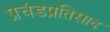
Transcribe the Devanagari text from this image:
प्रचंडप्रतिसाद